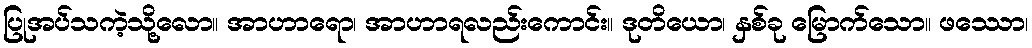
ပြုအပ်သကဲ့သို့လော။ အာဟာရော၊ အာဟာရလည်းကောင်း။ ဒုတိယော၊ နှစ်ခု မြောက်သော။ ဖဿော၊